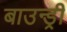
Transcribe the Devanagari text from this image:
बाउन्ड्री